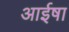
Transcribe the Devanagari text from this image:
आईषा